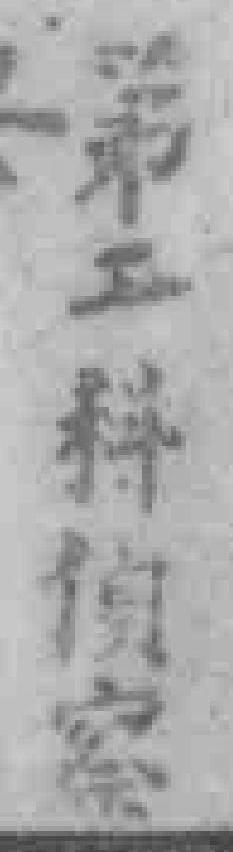
第工科侦察